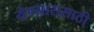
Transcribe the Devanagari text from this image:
येण्याससाठी